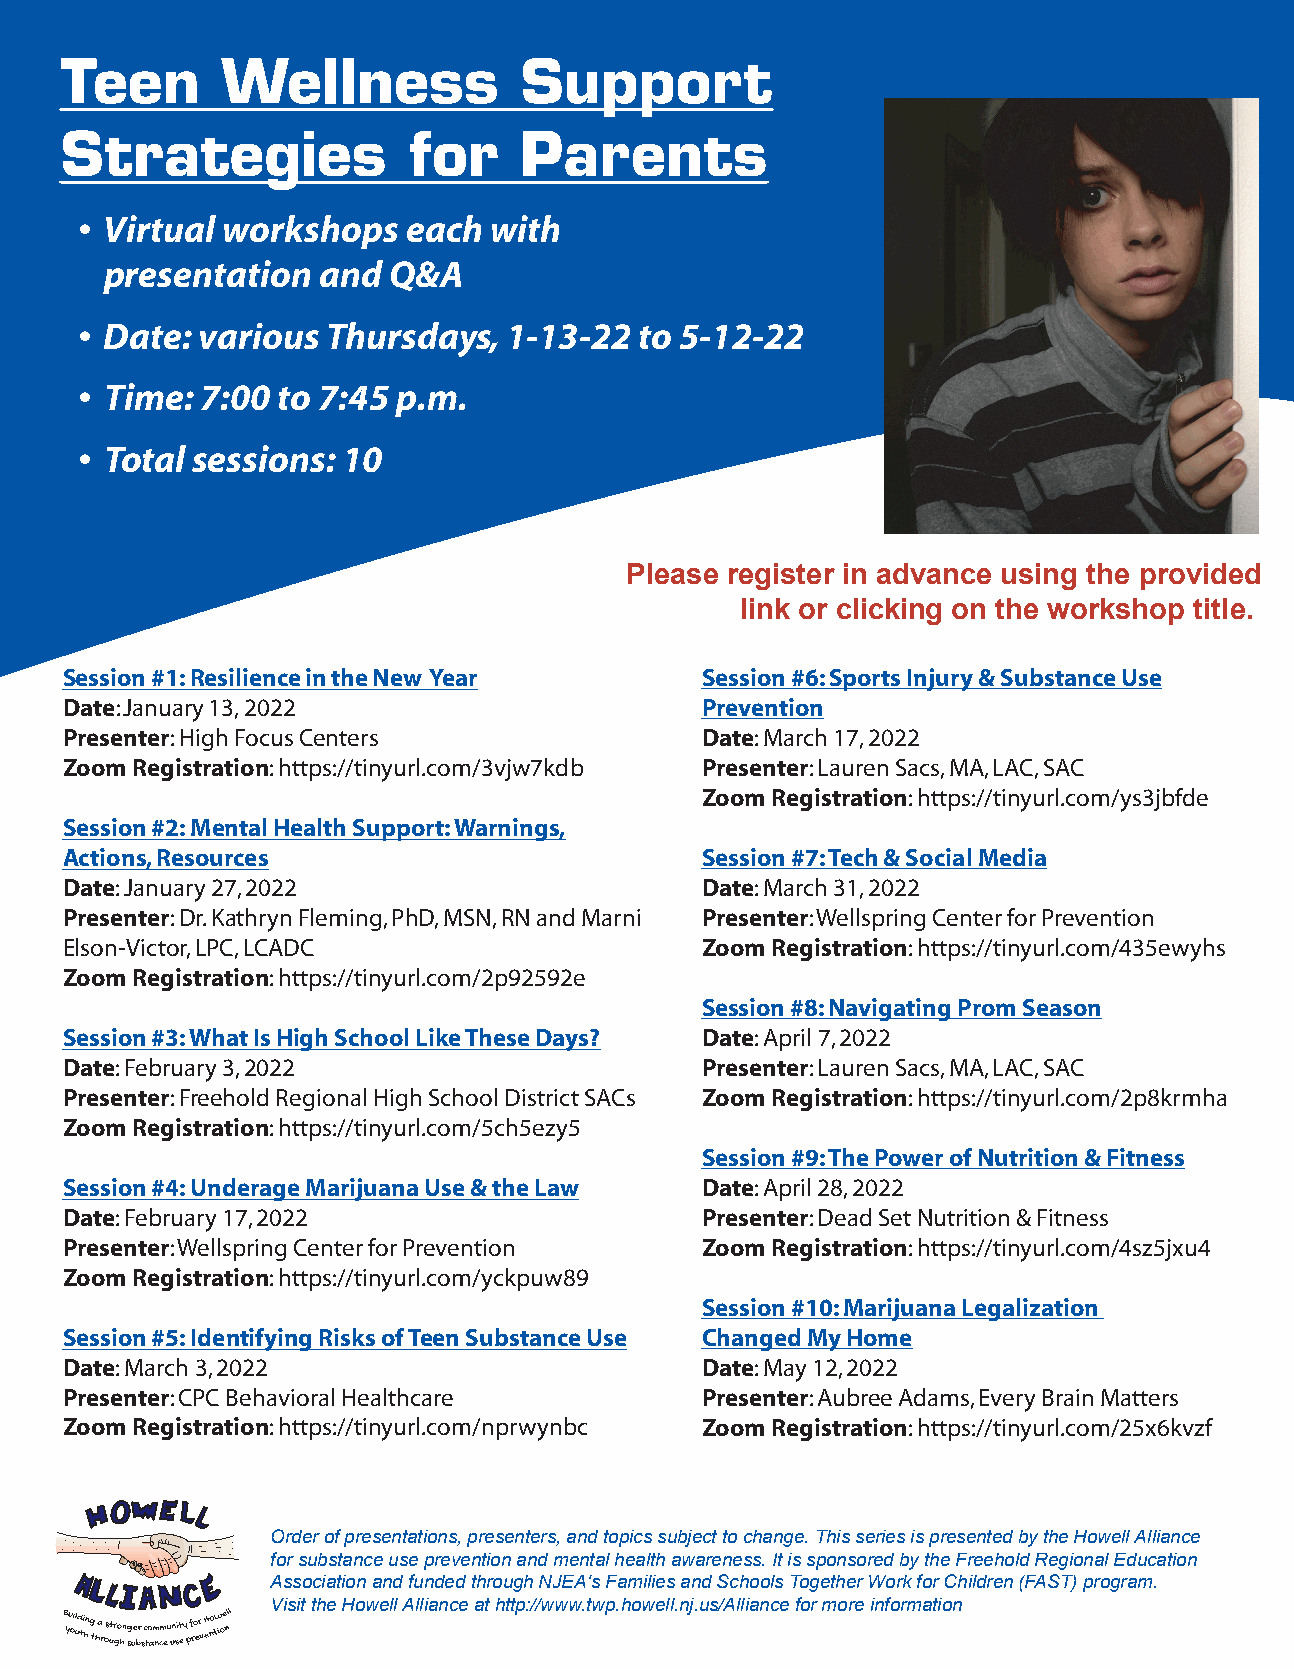
Teen       Wellness           Support
 Strategies             for    Parents
 • Virtual workshops   each with
 presentation  and  Q&A
 • Date: various  Thursdays,  1-13-22 to 5-12-22
 • Time: 7:00 to 7:45 p.m.
 • Total sessions: 10
 Please register in advance using the provided
 link or clicking on the workshop title.
 Session #1: Resilience in the New Year    Session #6: Sports Injury & Substance Use
 Date: January 13, 2022                    Prevention
 Presenter: High Focus Centers             Date: March 17, 2022
 Zoom Registration: https://tinyurl.com/3vjw7kdb Presenter: Lauren Sacs, MA, LAC, SAC
 Zoom Registration: https://tinyurl.com/ys3jbfde
 Session #2: Mental Health Support: Warnings,
 Actions, Resources                        Session #7: Tech & Social Media
 Date: January 27, 2022                    Date: March 31, 2022
 Presenter: Dr. Kathryn Fleming, PhD, MSN, RN and Marni Presenter: Wellspring Center for Prevention
 Elson-Victor, LPC, LCADC                  Zoom Registration: https://tinyurl.com/435ewyhs
 Zoom Registration: https://tinyurl.com/2p92592e
 Session #8: Navigating Prom Season
 Session #3: What Is High School Like These Days? Date: April 7, 2022
 Date: February 3, 2022                    Presenter: Lauren Sacs, MA, LAC, SAC
 Presenter: Freehold Regional High School District SACs Zoom Registration: https://tinyurl.com/2p8krmha
 Zoom Registration: https://tinyurl.com/5ch5ezy5
 Session #9: The Power of Nutrition & Fitness
 Session #4: Underage Marijuana Use & the Law Date: April 28, 2022
 Date: February 17, 2022                   Presenter: Dead Set Nutrition & Fitness
 Presenter: Wellspring Center for Prevention Zoom Registration: https://tinyurl.com/4sz5jxu4
 Zoom Registration: https://tinyurl.com/yckpuw89
 Session #10: Marijuana Legalization
 Session #5: Identifying Risks of Teen Substance Use Changed My Home
 Date: March 3, 2022                       Date: May 12, 2022
 Presenter: CPC Behavioral Healthcare      Presenter: Aubree Adams, Every Brain Matters
 Zoom Registration: https://tinyurl.com/nprwynbc Zoom Registration: https://tinyurl.com/25x6kvzf
 Order of presentations, presenters, and topics subject to change. This series is presented by the Howell Alliance
 for substance use prevention and mental health awareness. It is sponsored by the Freehold Regional Education
 Association and funded through NJEA's Families and Schools Together Work for Children (FAST) program.
 Visit the Howell Alliance at http://www.twp.howell.nj.us/Alliance for more information